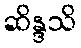
ဆိန္ဒသိ